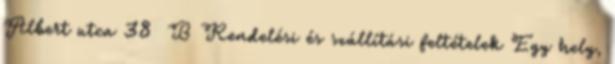
Albert utca 38 B Rendelési és szállítási feltételek Egy hely,